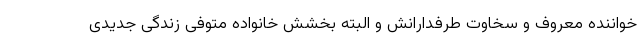
خواننده معروف و سخاوت طرفدارانش و البته بخشش خانواده متوفی زندگی جدیدی